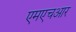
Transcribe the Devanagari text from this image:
एमएचआर